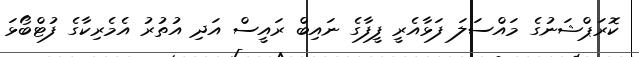
ކޮރަޕްޝަނުގެ މައްސަލަ ފަޅާއެރީ ފީފާގެ ނައިބް ރައީސް އަދި އުތުރު އެމެރިކާގެ ފުޓްބޯޅަ